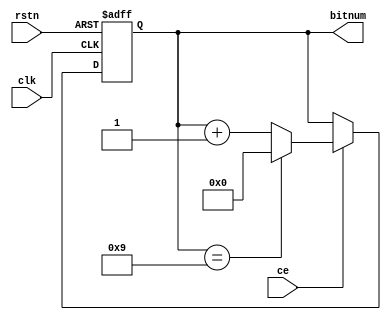
module bit_counter(clk, rstn, ce, bitnum);
	input clk;
	input rstn;
	input ce;
	output [3:0] bitnum;
	reg [3:0] bitnum_int;
	assign bitnum = bitnum_int;
	always @(posedge clk or negedge rstn) begin
		if(rstn == 0)
			bitnum_int <= 0;
		else begin
			if(ce) begin
				if(bitnum_int == 9)
					bitnum_int <= 0; 
				else
					bitnum_int <= bitnum_int + 1'b1;
			end
		end
	end	
endmodule